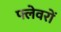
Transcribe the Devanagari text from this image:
फ्लेवरों